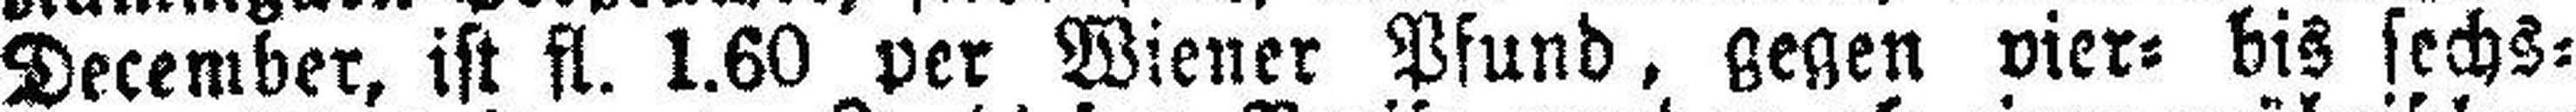
December, ist fl. 1.60 per Wiener Pfund, gegen vier= bis fechs¬